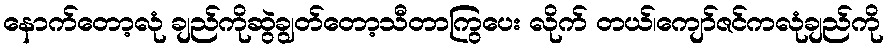
နောက်တော့လုံ ချည်ကိုဆွဲချွတ်တော့သီတာကြွပေး လိုက် တယ်၊ကျော်ဇင်ကလုံချည်ကို